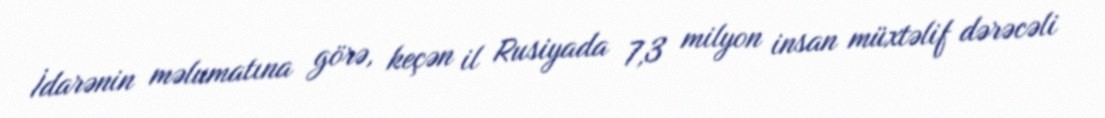
İdarənin məlumatına görə, keçən il Rusiyada 7,3 milyon insan müxtəlif dərəcəli